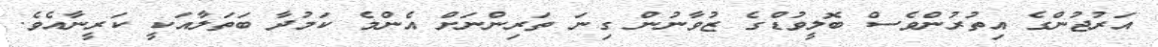
އަރުޖުންގެ އިތުރުންވެސް ބޮލީވުޑްގެ ޒުވާނުން ގިނަ ތަރިންނަށް އެންމެ ކަމުދާ ބަތަލާއަކީ ކަރީނާއެވެ.